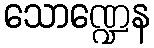
သောဏ္ဍေန